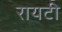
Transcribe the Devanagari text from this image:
रायटी